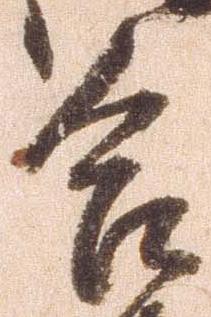
合